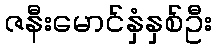
ဇနီးမောင်နှံနှစ်ဦး